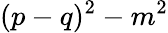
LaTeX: (p-q)^{2}-m^{2}